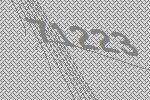
71223